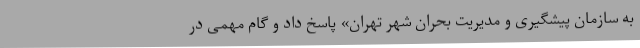
به سازمان پیشگیری و مدیریت بحران شهر تهران» پاسخ داد و گام مهمی در